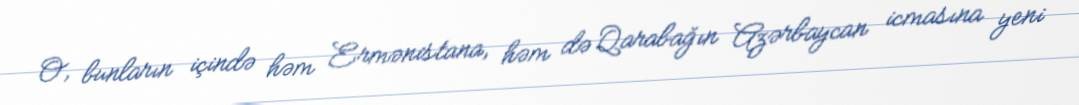
O, bunların içində həm Ermənistana, həm də Qarabağın Azərbaycan icmasına yeni